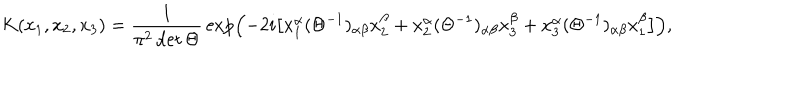
K ( x _ { 1 } , x _ { 2 } , x _ { 3 } ) = \frac { 1 } { \pi ^ { 2 } \det \Theta } \, \exp \left( - 2 i \bigl [ x _ { 1 } ^ { \alpha } ( \Theta ^ { - 1 } ) _ { \alpha \beta } x _ { 2 } ^ { \beta } + x _ { 2 } ^ { \alpha } ( \Theta ^ { - 1 } ) _ { \alpha \beta } x _ { 3 } ^ { \beta } + x _ { 3 } ^ { \alpha } ( \Theta ^ { - 1 } ) _ { \alpha \beta } x _ { 1 } ^ { \beta } \bigr ] \right) ,